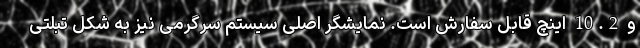
و 10.2 اینچ قابل سفارش است. نمایشگر اصلی سیستم سرگرمی نیز به شکل تبلتی